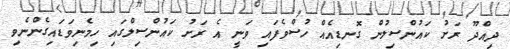
ދިއްދޫ ރަށު ކައުންސިލުން ގޮނޑިއެއް ހުސްވެފައި ވަނީ އެ ރަށު ކައުންސިލްގައި ހިމެނިވަޑައިގެންނެވި